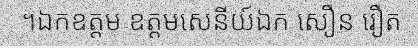
។ឯកឧត្តម ឧត្តមសេនីយ៍ឯក សឿន រឿត